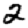
Digit: 2